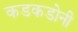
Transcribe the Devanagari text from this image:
कडकडोनी